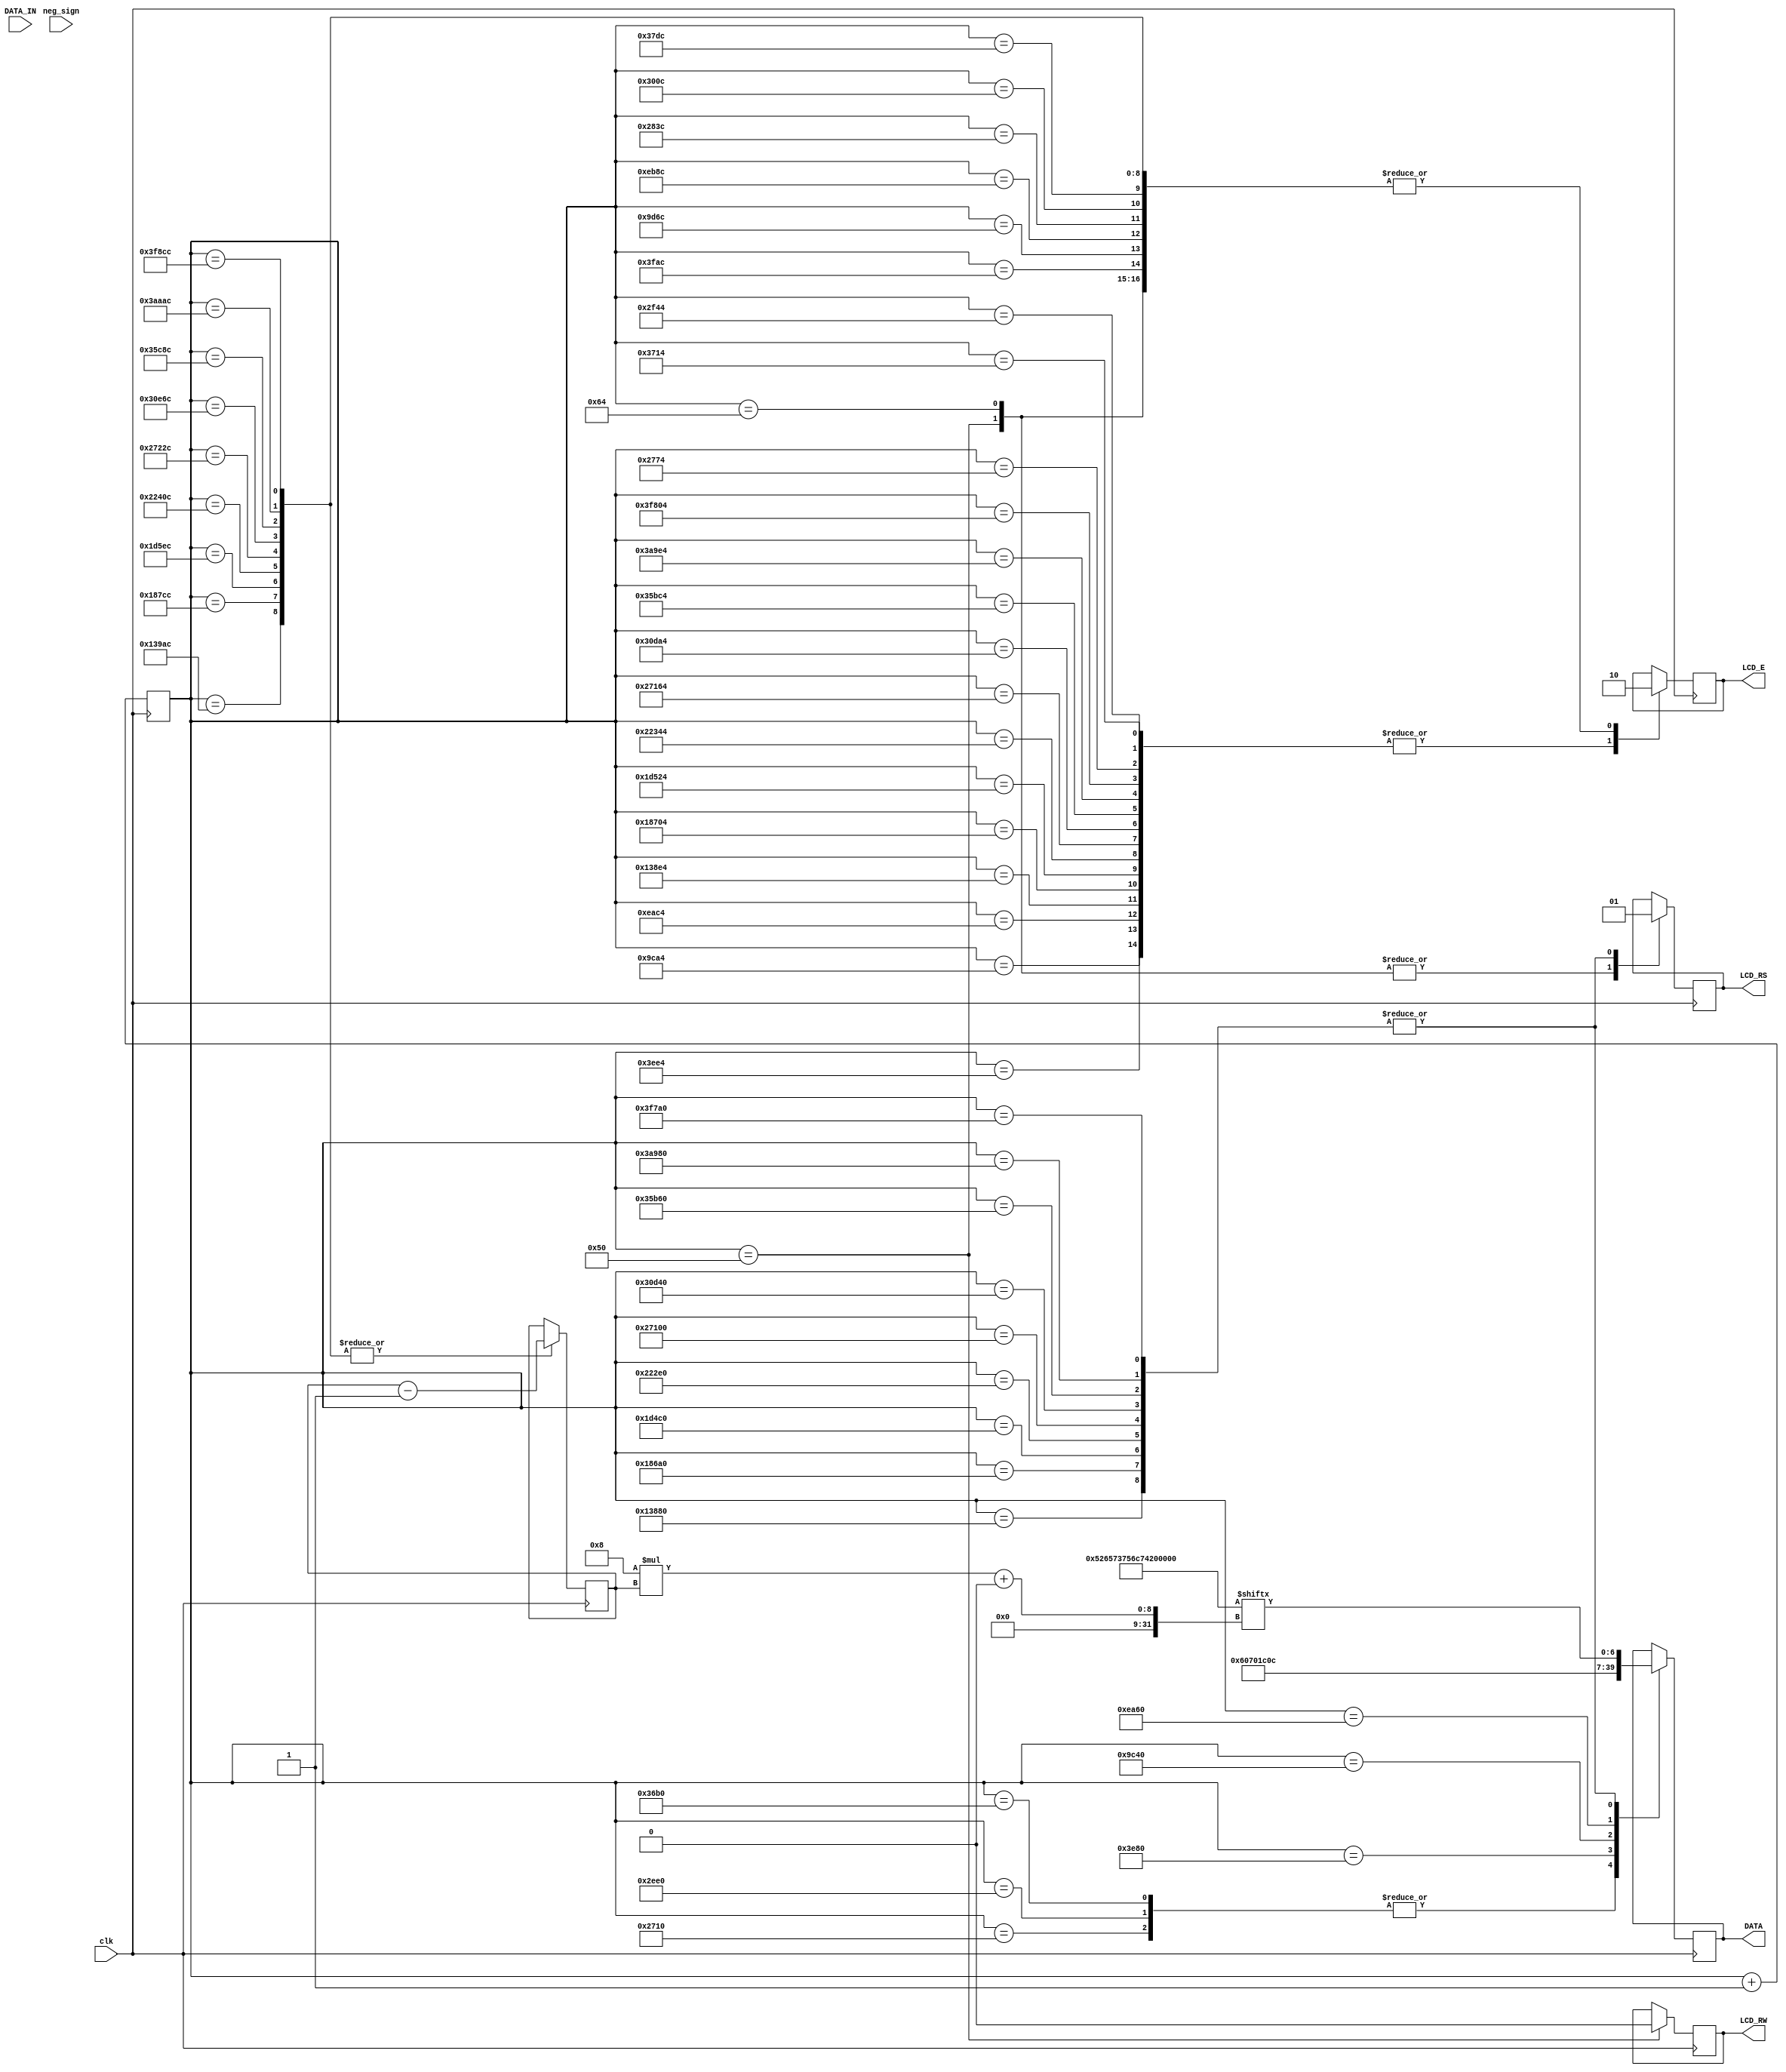
module lcd_top(
    output reg LCD_RS,
    output reg LCD_RW,
    output reg LCD_E,
    output reg[7:0] DATA,
    
    input [7:0] DATA_IN,
    input neg_sign,
    input clk
    );
    parameter str_len = 9;
              
    reg [31:0]count=0;
    reg [7:0]data;
//    wire [7:0]sign=8'h0x20;
    reg [1:0]state =0;
    reg [1:0]new_state=0 ;
    reg init_done=0;
    reg [str_len*8-1:0]string = "Result : ";
    reg [3:0]i = str_len-1;
    
    parameter S0 = 2'b00,
            S1 = 2'b01,
            S2 = 2'b10;

   
    
    always @(DATA_IN)begin
        data<= DATA_IN | 8'h0x30;
        new_state <= (init_done)?S1:S0;
        
    end
    
    always @(new_state)begin
        state<=new_state;
        
        end
  
    
    always @(posedge clk)begin //20 Mhz clock - one clock pulse 50ns - count + 1 in 100ns - 1usec = 10 count
        count <= (state==S2&&init_done)?0:count + 1;
        case(state)
        S0  :   case(count)
                 80 : begin LCD_RS <= 1'b0;  LCD_RW <= 1'b0;   LCD_E <= 1'b0;  end
                 100: begin LCD_E <= 1'b0; LCD_RS <= 1'b0; end
                 10000:   DATA <= 8'h0x30;      // function set 8 bit operation, 2 line disply, 5x8 character
                 10100:      LCD_E <= 1'b1;
                 10300:      LCD_E <= 1'b0; 
                 12000:   DATA <= 8'h0x30;      // function set 8 bit operation, 2 line disply, 5x8 character
                 12100:      LCD_E <= 1'b1;
                 12300:      LCD_E <= 1'b0; 
                 14000:   DATA <= 8'h0x30;      // function set 8 bit operation, 2 line disply, 5x8 character
                 14100:      LCD_E <= 1'b1;
                 14300:      LCD_E <= 1'b0; 
                 16000:   DATA <= 8'h0x38;      // function set 8 bit operation, 2 line disply, 5x8 character
                 16100:      LCD_E <= 1'b1;
                 16300:      LCD_E <= 1'b0;     // 2us pulse for writing the data/command
                 40000:  DATA <= 8'h0x0E;       //Turns on display and cursor
                 40100:      LCD_E <= 1'b1;
                 40300:      LCD_E <= 1'b0;     // 2us pulse for writing the data/command
                 60000:  DATA <= 8'h0x06;       // shift cursor right after write
                 60100:      LCD_E <= 1'b1;
                 60300:      LCD_E <= 1'b0;     // 2us pulse for writing the data/command
                 80000:  begin LCD_RS = 1'b1;  DATA = string[8*i +: 7]; end   
                 80100:      LCD_E <= 1'b1;
                 80300:      begin    LCD_E <= 1'b0; i = i-1; end
                 100000: begin LCD_RS = 1'b1; DATA = string[8*i +: 7];end
                 100100:      LCD_E <= 1'b1;
                 100300:      begin    LCD_E <= 1'b0; i = i-1; end
                 120000:  begin LCD_RS = 1'b1;  DATA = string[8*i +: 7]; end 
                 120100:      LCD_E <= 1'b1;
                 120300:      begin    LCD_E <= 1'b0; i = i-1; end
                 140000:  begin LCD_RS = 1'b1;  DATA = string[8*i +: 7];end 
                 140100:      LCD_E <= 1'b1;
                 140300:      begin    LCD_E <= 1'b0; i = i-1; end
                 160000:  begin LCD_RS = 1'b1;  DATA = string[8*i +: 7];end  
                 160100:      LCD_E <= 1'b1;
                 160300:      begin    LCD_E <= 1'b0; i = i-1; end
                 200000:  begin LCD_RS = 1'b1; DATA = string[8*i +: 7]; end  
                 200100:      LCD_E <= 1'b1;
                 200300:      begin    LCD_E <= 1'b0; i = i-1; end
                 220000:    begin LCD_RS = 1'b1; DATA = string[8*i +: 7]; end
                 220100:      LCD_E <= 1'b1;
                 220300:      begin    LCD_E <= 1'b0; i = i-1; end
                 240000:    begin LCD_RS = 1'b1; DATA = string[8*i +: 7]; end
                 240100:      LCD_E <= 1'b1;
                 240300:      begin    LCD_E <= 1'b0; i = i-1; end
                 260000:    begin LCD_RS = 1'b1;  DATA = string[8*i +: 7]; end
                 260100:      LCD_E <= 1'b1;
                 260300:      begin    LCD_E <= 1'b0; i = i-1; end
                 280000:      begin    new_state<= S2;  end
                 
                  default: ;         
            endcase
           S1   :   case(count)
                     10000:    begin LCD_RS = 1'b1;  DATA = (neg_sign)?8'h0x2D:8'h0x20; end
                     10100:      LCD_E <= 1'b1;
                     10300:      begin    LCD_E <= 1'b0; end
                     12000:    begin LCD_RS = 1'b1;  DATA = data; end
                     12100:      LCD_E <= 1'b1;
                     12300:      begin    LCD_E <= 1'b0; end
                     14000:  begin LCD_RS = 1'b0; DATA <= 8'h0x8B;end  //HOME
                     14100:      LCD_E <= 1'b1;
                     14300:      begin    LCD_E <= 1'b0;  new_state <= S2; end
                     
                     default:     ;
                 endcase
           S2   :  ;
           default: ;
        endcase
        
    end
    

//     assign sign = (neg_sign)?8'h0x2D:8'h0x20;
        
endmodule